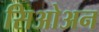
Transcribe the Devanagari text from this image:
सिओअन